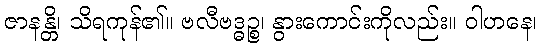
ဇာနန္တိ၊ သိရကုန်၏။ ဗလီဗဒ္ဓဉ္စ၊ နွားကောင်းကိုလည်း။ ဝါဟနေ၊